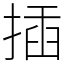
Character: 插